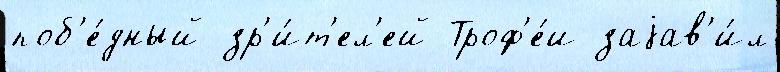
поб'е́дный зр'и́т'ел'ей Троф'е́и заjав'и́л